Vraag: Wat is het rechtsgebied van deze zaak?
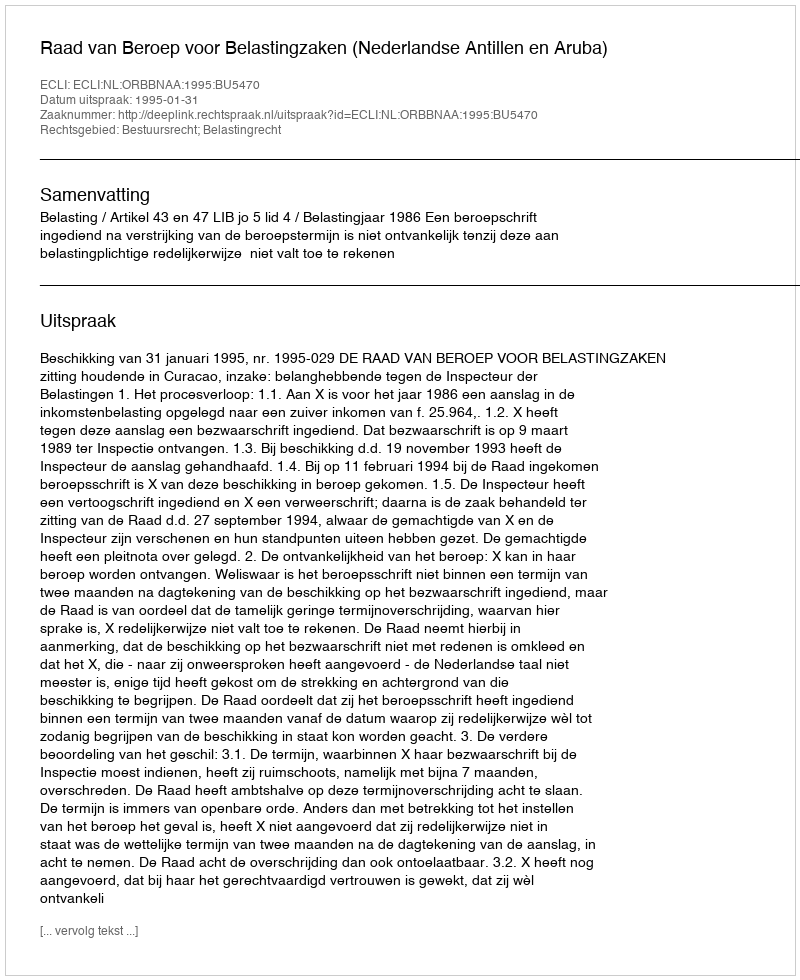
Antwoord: Bestuursrecht; Belastingrecht